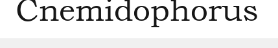
Cnemidophorus